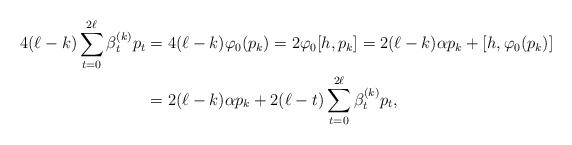
LaTeX: \begin{align*} 4(\ell-k) \sum_{t=0}^{2 \ell} \beta_t^{(k)}p_t &= 4(\ell - k)\varphi_0(p_k)= 2\varphi_0[h,p_k] =2(\ell-k) \alpha p_k+[h, \varphi_0(p_k)]&\\ & =2(\ell-k) \alpha p_k+2(\ell-t) \sum_{t=0}^{2 \ell} \beta_t^{(k)}p_t, & \end{align*}